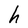
Character: h